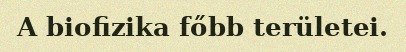
A biofizika főbb területei.